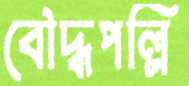
বৌদ্ধপল্লি